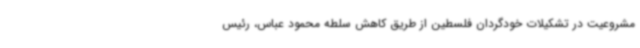
مشروعیت در تشکیلات خودگردان فلسطین از طریق کاهش سلطه محمود عباس، رئیس